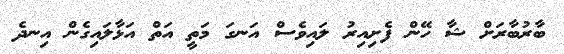
ބާރުބާރަށް ޝާ ހޭން ފެށިއިރު ލައިވެސް އަނގަ މަތީ އަތް އަޅާލައިގެން އިނދެ